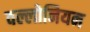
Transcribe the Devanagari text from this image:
वल्लोनियन